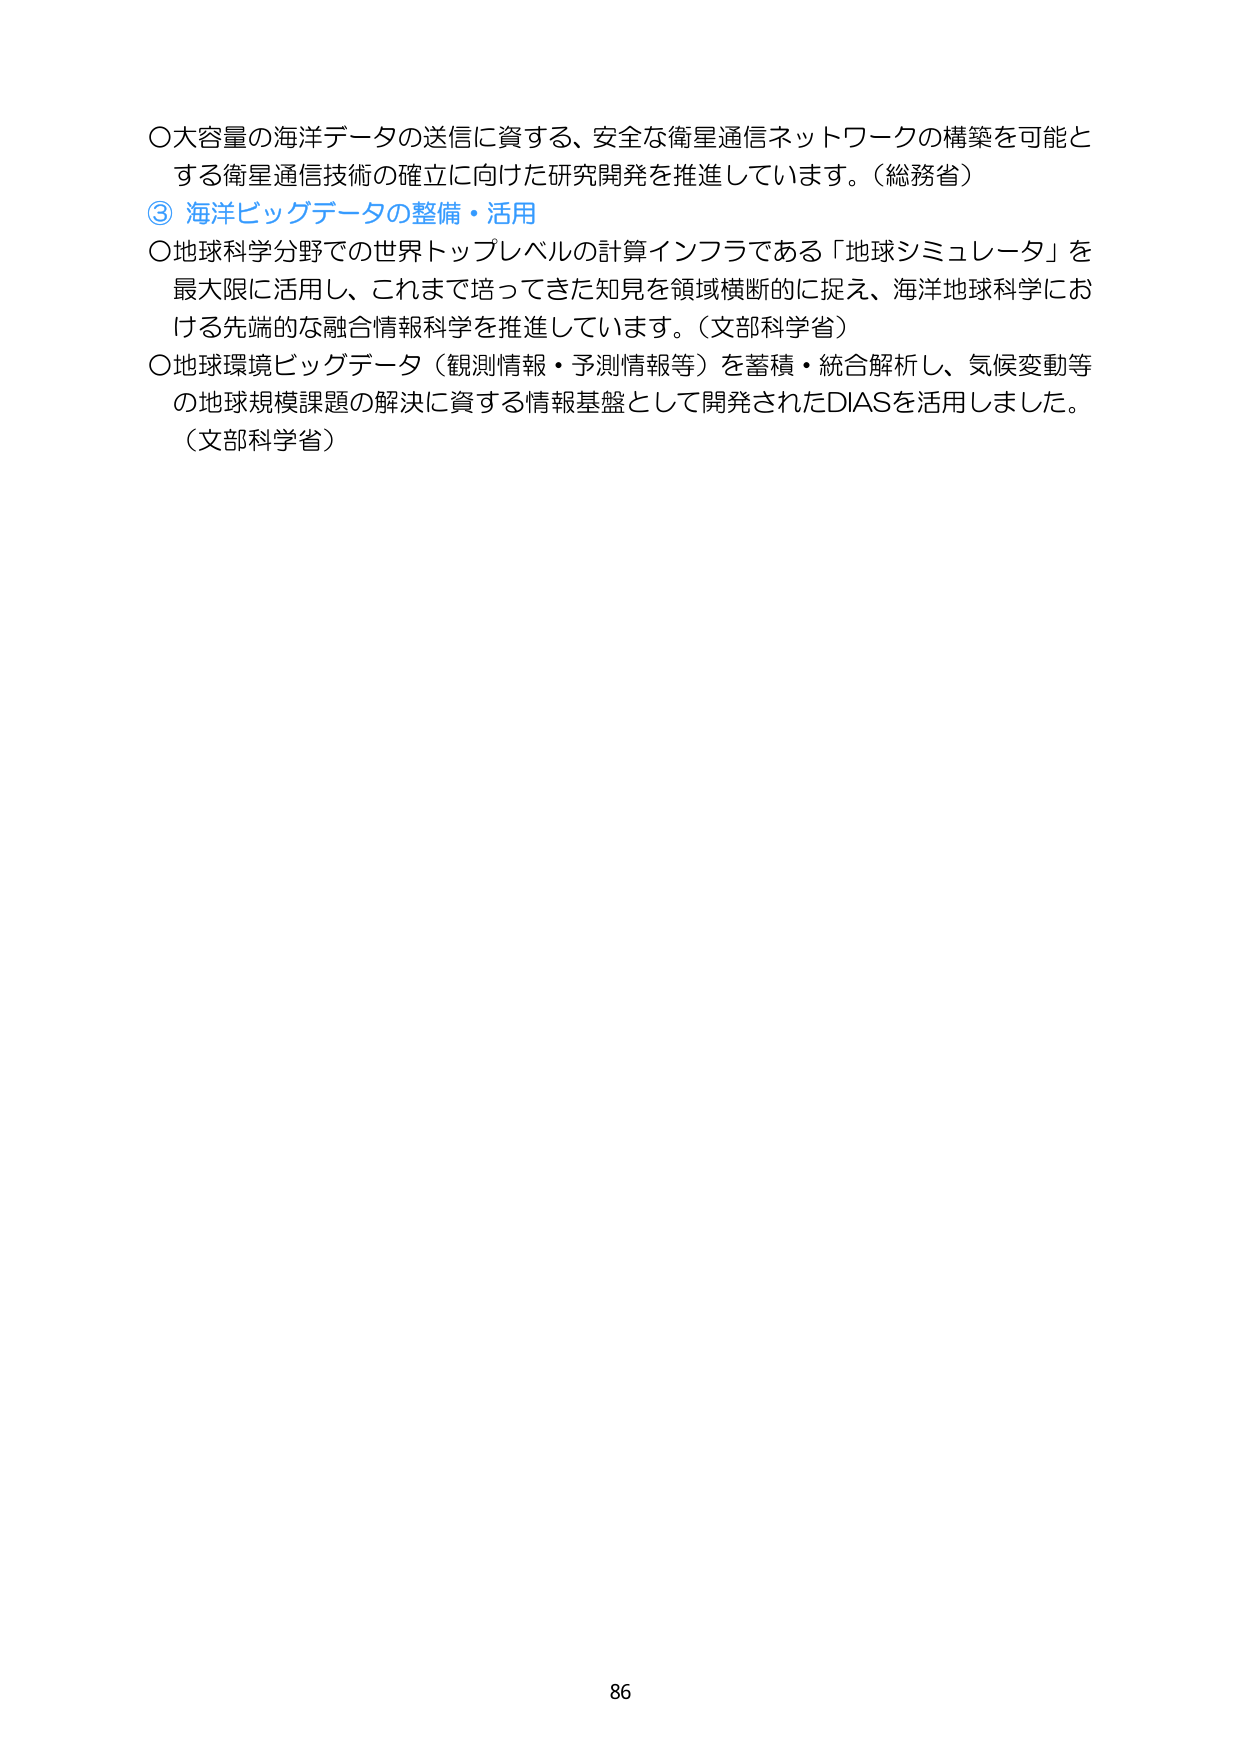
〇大容量の海洋データの送信に資する、安全な衛星通信ネットワークの構築を可能とする衛星通信技術の確立に向けた研究開発を推進しています。（総務省）
③ 海洋ビッグデータの整備・活用
〇地球科学分野での世界トップレベルの計算インフラである「地球シミュレータ」を最大限に活用し、これまで培ってきた知見を領域横断的に捉え、海洋地球科学における先端的な融合情報科学を推進しています。（文部科学省）
〇地球環境ビッグデータ（観測情報・予測情報等）を蓄積・統合解析し、気候変動等の地球規模課題の解決に資する情報基盤として開発されたDIASを活用しました。（文部科学省）
86